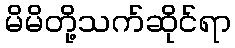
မိမိတို့သက်ဆိုင်ရာ